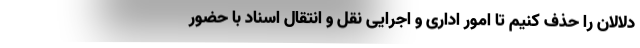
دلالان را حذف کنیم تا امور اداری و اجرایی نقل و انتقال اسناد با حضور